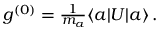
\begin{array} { r } { g ^ { ( 0 ) } = \frac { 1 } { m _ { a } } \langle a \vert U \vert a \rangle \, . } \end{array}